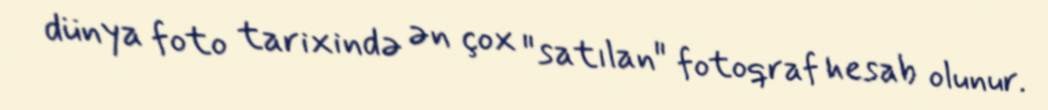
dünya foto tarixində ən çox "satılan" fotoqraf hesab olunur.